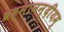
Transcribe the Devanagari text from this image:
ब्रह्मानन्दीयम्